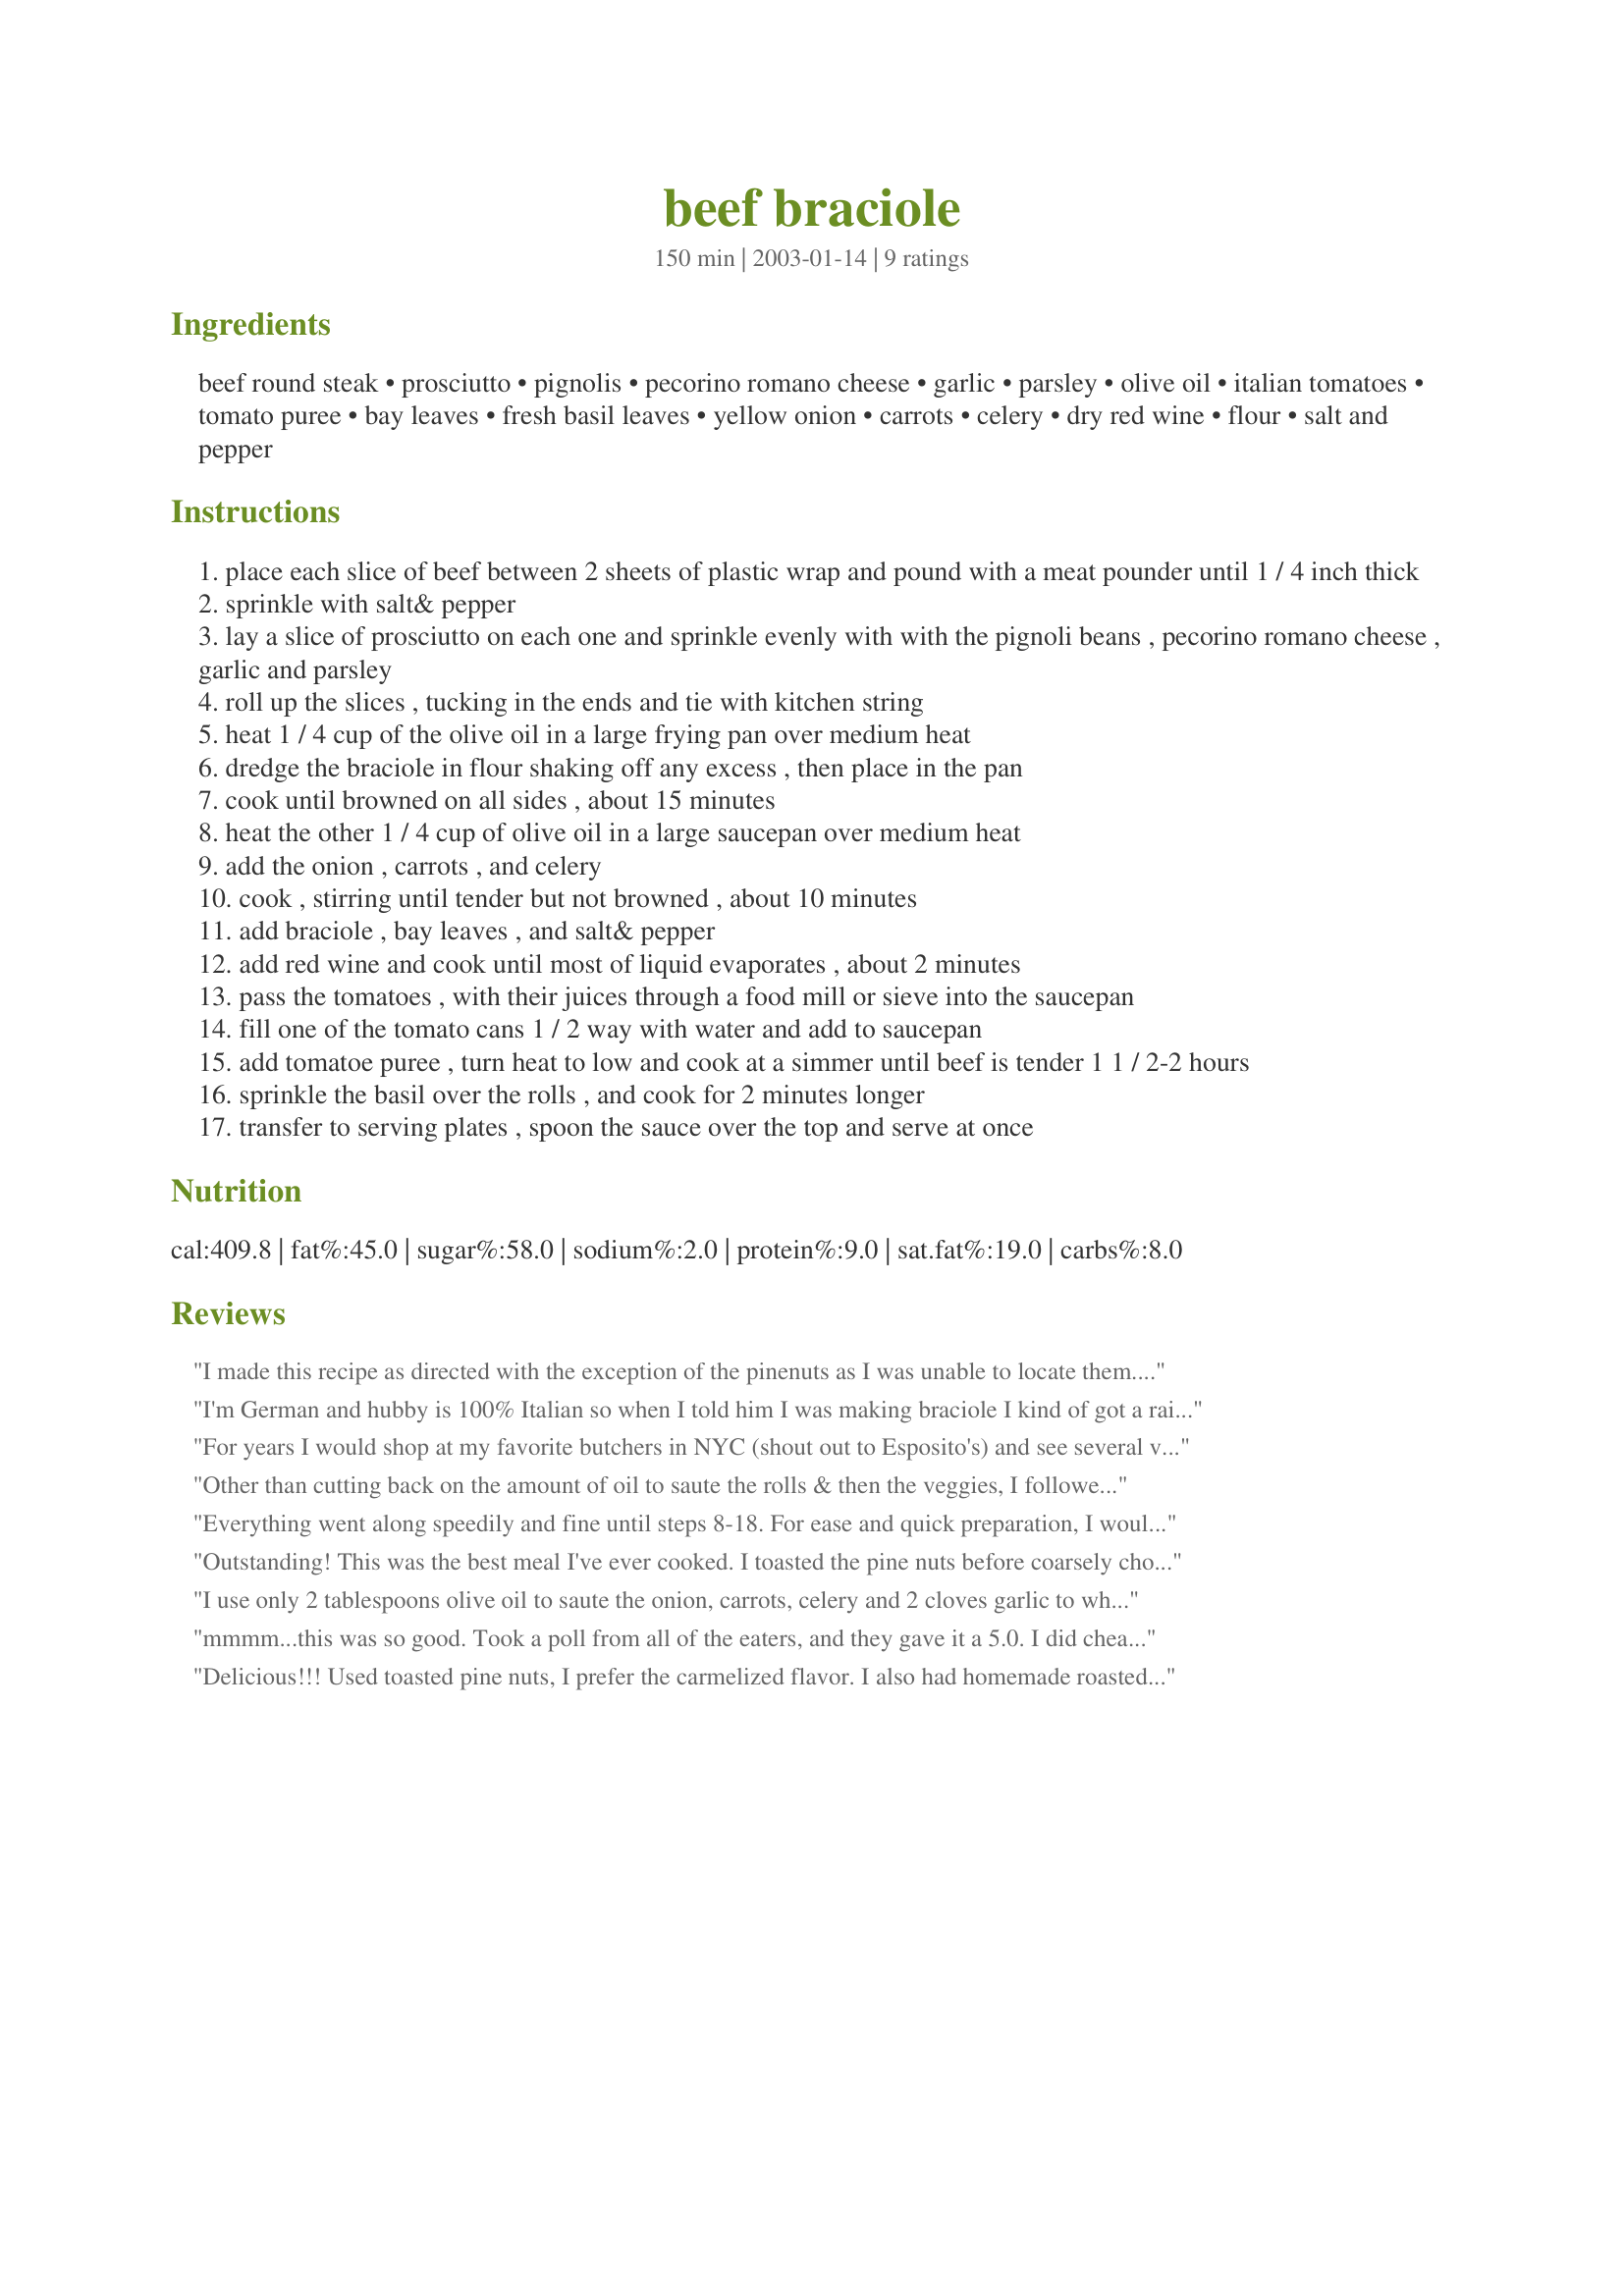
beef braciole
Preparation time: 150 minutes

Ingredients:
beef round steak, prosciutto, pignolis, pecorino romano cheese, garlic, parsley, olive oil, italian tomatoes, tomato puree, bay leaves, fresh basil leaves, yellow onion, carrots, celery, dry red wine, flour, salt and pepper

Steps:
place each slice of beef between 2 sheets of plastic wrap and pound with a meat pounder until 1 / 4 inch thick
sprinkle with salt& pepper
lay a slice of prosciutto on each one and sprinkle evenly with with the pignoli beans , pecorino romano cheese , garlic and parsley
roll up the slices , tucking in the ends and tie with kitchen string
heat 1 / 4 cup of the olive oil in a large frying pan over medium heat
dredge the braciole in flour shaking off any excess , then place in the pan
cook until browned on all sides , about 15 minutes
heat the other 1 / 4 cup of olive oil in a large saucepan over medium heat
add the onion , carrots , and celery
cook , stirring until tender but not browned , about 10 minutes
add braciole , bay leaves , and salt& pepper
add red wine and cook until most of liquid evaporates , about 2 minutes
pass the tomatoes , with their juices through a food mill or sieve into the saucepan
fill one of the tomato cans 1 / 2 way with water and add to saucepan
add tomatoe puree , turn heat to low and cook at a simmer until beef is tender 1 1 / 2-2 hours
sprinkle the basil over the rolls , and cook for 2 minutes longer
transfer to serving plates , spoon the sauce over the top and serve at once

Reviews:
I made this recipe as directed with the exception of the pinenuts as I was unable to locate them. I prepped the steak and veggies the night before so that I was able to actually throw most of this together after work. The flavors were robust and all worked so very well together. My family really enjoyed the sauce and used it to dip crusty bread. This is simply wonderful. Thanks!
I'm German and hubby is 100% Italian so when I told him I was making braciole I kind of got a raised eyebrow. After his first bite he was impressed! I did tweak it a little. Instead of water I used chicken stock in the sauce. I also added a pinch of oregano and fresh basil to the sauce too and a little tomato paste. I did not add the pignolis only because hubby doesn't like them. We both thought this was a great recipe. I will make this again, but next time I will let it simmer all day to make the braciole even more tender.
For years I would shop at my favorite butchers in NYC (shout out to Esposito's) and see several varieties of beef braciole in their display case, but never tried them until I moved to CA and decided to make this dish. These were very good and my husband and I really enjoyed them. I especially enjoyed the tomato sauce. However, I found the braciole to be very time-consuming (I wrestled with the kitchen string and tying up the rolled up steak), so probably will not be making these very often. If I was back in NYC where I could "outsource" the steak braciole, I'd make your sauce and we'd eat these weekly!
Other than cutting back on the amount of oil to saute the rolls & then the veggies, I followed this one to a tee. Although steps 8-17 sounds complicated, it is quite simple, just a matter of sauteeing the veggies, reducing the wine and adding the pureed tomatoes. DH & I thoroughly enjoyed. I served this with sauteed garlic spinach and pasta aioli. Thank you Mean Chef for sharing this delightful recipe.
Everything went along speedily and fine until steps 8-18. For ease and quick preparation, I would use my favorite pasta sauce instead of laboring over those afore mentioned steps. The presentation would still be spectacular for most folks!
Outstanding! This was the best meal I've ever cooked. I toasted the pine nuts before coarsely chopping them in a coffee grinder. I savoured every bite. I'll be impressing guests with this dish for years to come. Thank you! Sorry the photo is a bit too dark.
I use only 2 tablespoons olive oil to saute the onion, carrots, celery and 2 cloves garlic to which I used my left over red gravy. After browning the braciole (Which I added a slice to each of Mozzarella cheese) I put into a slow cooker with the gravy and wine. Let it slow cook for 3-4 hours. In which it was tender fall apart soft. Thanks for a great recipe!
mmmm...this was so good. Took a poll from all of the eaters, and they gave it a 5.0. I did cheat a little....I used jarred sauce, with extra fresh basil, and still added the wine. DH gave it the ultimate rating..."definite do-again"
Delicious!!! Used toasted pine nuts, I prefer the carmelized flavor. I also had homemade roasted heirloom tomatos sauce which I used in lieu of the listed sauce. Cooked 3 hours and was very tender.
